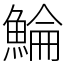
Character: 鯩